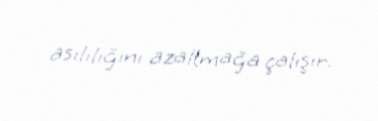
asılılığını azaltmağa çalışır.